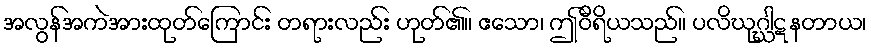
အလွန်အကဲအားထုတ်ကြောင်း တရားလည်း ဟုတ်၏။ ဧသော၊ ဤဝီရိယသည်။ ပလိဃုဂ္ဃါဋနတာယ၊